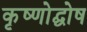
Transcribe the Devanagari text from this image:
कृष्णोद्घोष